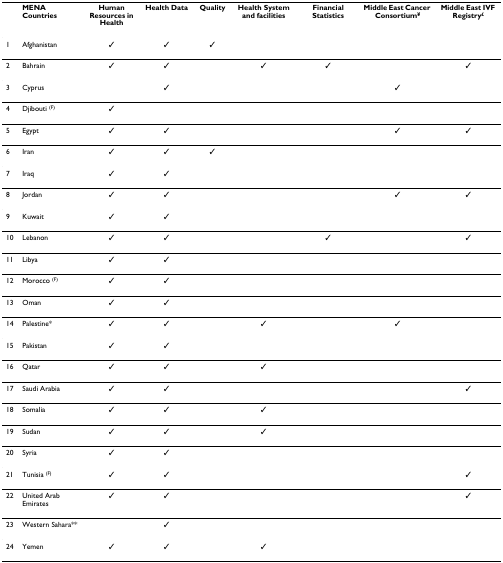
<table><thead><tr><td></td><td><b>MENA Countries</b></td><td><b>Human Resources in Health</b></td><td><b>Health Data</b></td><td><b>Quality</b></td><td><b>Health System and facilities</b></td><td><b>Financial Statistics</b></td><td><b>Middle East Cancer Consortium<sup>¥</sup></b></td><td><b>Middle East IVF Registry<sup>£</sup></b></td></tr></thead><tbody><tr><td>1</td><td>Afghanistan</td><td>✓</td><td>✓</td><td>✓</td><td></td><td></td><td></td><td></td></tr><tr><td>2</td><td>Bahrain</td><td>✓</td><td>✓</td><td></td><td>✓</td><td>✓</td><td></td><td>✓</td></tr><tr><td>3</td><td>Cyprus</td><td></td><td>✓</td><td></td><td></td><td></td><td>✓</td><td></td></tr><tr><td>4</td><td>Djibouti <sup>(F)</sup></td><td>✓</td><td></td><td></td><td></td><td></td><td></td><td></td></tr><tr><td>5</td><td>Egypt</td><td>✓</td><td>✓</td><td></td><td></td><td></td><td>✓</td><td>✓</td></tr><tr><td>6</td><td>Iran</td><td>✓</td><td>✓</td><td>✓</td><td></td><td></td><td></td><td></td></tr><tr><td>7</td><td>Iraq</td><td>✓</td><td>✓</td><td></td><td></td><td></td><td></td><td></td></tr><tr><td>8</td><td>Jordan</td><td>✓</td><td>✓</td><td></td><td></td><td></td><td>✓</td><td>✓</td></tr><tr><td>9</td><td>Kuwait</td><td>✓</td><td>✓</td><td></td><td></td><td></td><td></td><td></td></tr><tr><td>10</td><td>Lebanon</td><td>✓</td><td>✓</td><td></td><td></td><td>✓</td><td></td><td>✓</td></tr><tr><td>11</td><td>Libya</td><td>✓</td><td>✓</td><td></td><td></td><td></td><td></td><td></td></tr><tr><td>12</td><td>Morocco <sup>(F)</sup></td><td>✓</td><td>✓</td><td></td><td></td><td></td><td></td><td></td></tr><tr><td>13</td><td>Oman</td><td>✓</td><td>✓</td><td></td><td></td><td></td><td></td><td></td></tr><tr><td>14</td><td>Palestine*</td><td>✓</td><td>✓</td><td></td><td>✓</td><td></td><td>✓</td><td></td></tr><tr><td>15</td><td>Pakistan</td><td>✓</td><td>✓</td><td></td><td></td><td></td><td></td><td></td></tr><tr><td>16</td><td>Qatar</td><td>✓</td><td>✓</td><td></td><td>✓</td><td></td><td></td><td></td></tr><tr><td>17</td><td>Saudi Arabia</td><td>✓</td><td>✓</td><td></td><td></td><td></td><td></td><td>✓</td></tr><tr><td>18</td><td>Somalia</td><td>✓</td><td>✓</td><td></td><td>✓</td><td></td><td></td><td></td></tr><tr><td>19</td><td>Sudan</td><td>✓</td><td>✓</td><td></td><td>✓</td><td></td><td></td><td></td></tr><tr><td>20</td><td>Syria</td><td>✓</td><td>✓</td><td></td><td></td><td></td><td></td><td></td></tr><tr><td>21</td><td>Tunisia <sup>(F)</sup></td><td>✓</td><td>✓</td><td></td><td></td><td></td><td></td><td>✓</td></tr><tr><td>22</td><td>United Arab Emirates</td><td>✓</td><td>✓</td><td></td><td></td><td></td><td></td><td>✓</td></tr><tr><td>23</td><td>Western Sahara**</td><td></td><td>✓</td><td></td><td></td><td></td><td></td><td></td></tr><tr><td>24</td><td>Yemen</td><td>✓</td><td>✓</td><td></td><td>✓</td><td></td><td></td><td></td></tr></tbody></table>